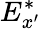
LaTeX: E_{x^{\prime}}^{*}